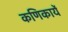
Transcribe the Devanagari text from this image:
कणिकायें